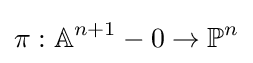
\pi :\mathbb {A} ^{n+1}-0\to \mathbb {P} ^{n}